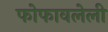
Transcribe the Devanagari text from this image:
फोफावलेली